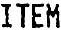
ITEM